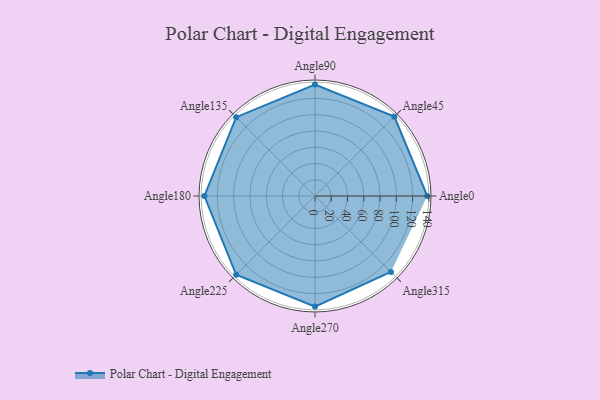
{"axis": {"x": "Angle", "y": "Radius"}, "legend": [""], "data": [{"x": "Angle0", "y": 138.0, "type": ""}, {"x": "Angle45", "y": 138.0, "type": ""}, {"x": "Angle90", "y": 137.0, "type": ""}, {"x": "Angle135", "y": 137.0, "type": ""}, {"x": "Angle180", "y": 136.0, "type": ""}, {"x": "Angle225", "y": 137.0, "type": ""}, {"x": "Angle270", "y": 136.0, "type": ""}, {"x": "Angle315", "y": 132.0, "type": ""}]}